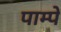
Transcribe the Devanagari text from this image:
पाम्पे